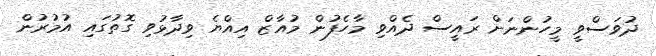
ދުވަސްވީ މީހުންނަށް ރައީސް ދެއްވި މާހެފުން މުއާޒް އިއްޔެ ވިދާޅުވި ގޮތުގައި އުމުރުން